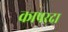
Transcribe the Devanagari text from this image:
कापरदा